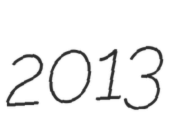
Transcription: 2013